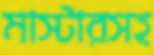
মাস্টারসহ